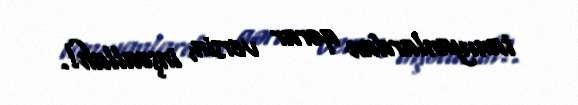
tanıyanlardan qərar versin, inşəallah!.